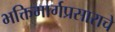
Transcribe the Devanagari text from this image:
भक्तिमार्गप्रसाराचे